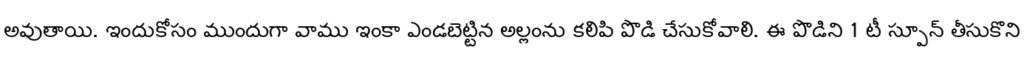
అవుతాయి. ఇందుకోసం ముందుగా వాము ఇంకా ఎండబెట్టిన అల్లంను కలిపి పొడి చేసుకోవాలి. ఈ పొడిని 1 టీ స్పూన్ తీసుకొని